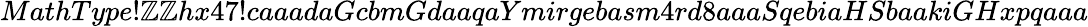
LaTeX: MathType!\mathbb{Z}\mathbb{Z}hx47!caaadaGcbmGdaaqaYmirgebasm4rd8aaaSqebiaHSbaakiGHxpqaaa